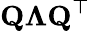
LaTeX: \mathbf{Q\Lambda{}Q}^{\top}